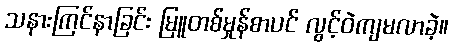
သနားကြင်နာခြင်း မြူတစ်မှုန်စာပင် လွင့်ဝဲကျမလာခဲ့။